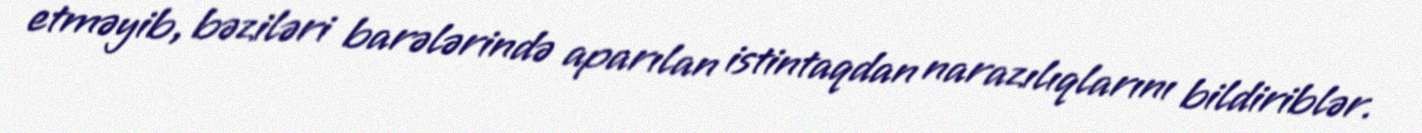
etməyib, bəziləri barələrində aparılan istintaqdan narazılıqlarını bildiriblər.